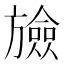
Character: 𣄝